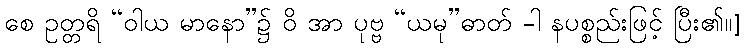
စေ ဥတ္တရိ “ဝါယ မာနော”၌ ဝိ အာ ပုဗ္ဗ “ယမု”ဓာတ် -ါ နပစ္စည်းဖြင့် ပြီး၏။]